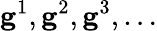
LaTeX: \mathbf{g}^{1},\mathbf{g}^{2},\mathbf{g}^{3},\dots